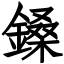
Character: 鎟